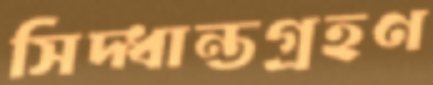
সিদ্ধান্তগ্রহণ